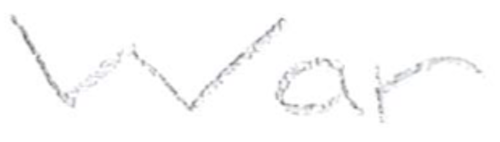
Text: War
Cross-out: clean
Writing tool: pencil